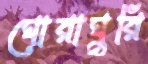
ঘোরাঘুরি